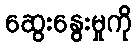
ဆွေးနွေးမှုကို